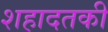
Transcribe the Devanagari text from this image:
शहादतकी